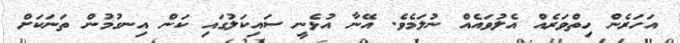
އަހަރެން ހިތްވަރެއް އެލުވައެއް ނުލަމެވެ. އޭނާ އުޅެނީ ސައިކަލުގައި ކަން އިނގުމުން ތަނަކަށް